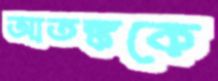
আতঙ্ককে